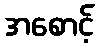
အစောင့်